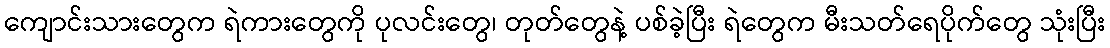
ကျောင်းသားတွေက ရဲကားတွေကို ပုလင်းတွေ၊ တုတ်တွေနဲ့ ပစ်ခဲ့ပြီး ရဲတွေက မီးသတ်ရေပိုက်တွေ သုံးပြီး